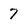
Character: 7